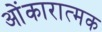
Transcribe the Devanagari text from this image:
ओंकारात्मक